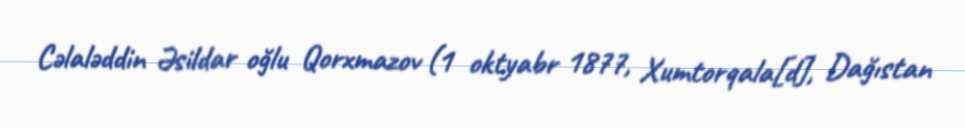
Cəlaləddin Əsildar oğlu Qorxmazov (1 oktyabr 1877, Xumtorqala[d], Dağıstan